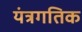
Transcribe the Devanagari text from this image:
यंत्रगतिक